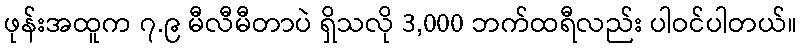
ဖုန်းအထူက ၇.၉ မီလီမီတာပဲ ရှိသလို 3,000 ဘက်ထရီလည်း ပါဝင်ပါတယ်။